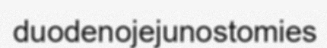
duodenojejunostomies